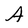
Character: A